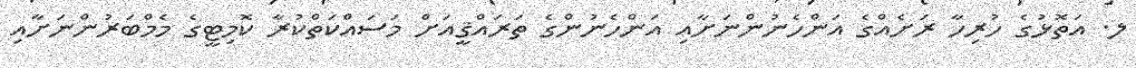
ލ. އަތޮޅުގެ ހުރިހާ ރަށެއްގެ އަންހެނުންނަށާއި އަންހެނުންގެ ތަރައްޤީއަށް މަސައްކަތްކުރާ ކޮމިޓީގެ މެމްބަރުންނަށާއި